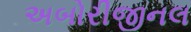
અબોરીજીનલ